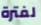
لفترة